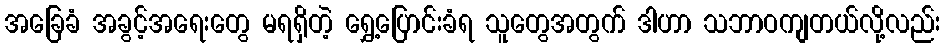
အခြေခံ အခွင့်အရေးတွေ မရရှိတဲ့ ရွှေ့ပြောင်းခံရ သူတွေအတွက် ဒါဟာ သဘာဝကျတယ်လို့လည်း